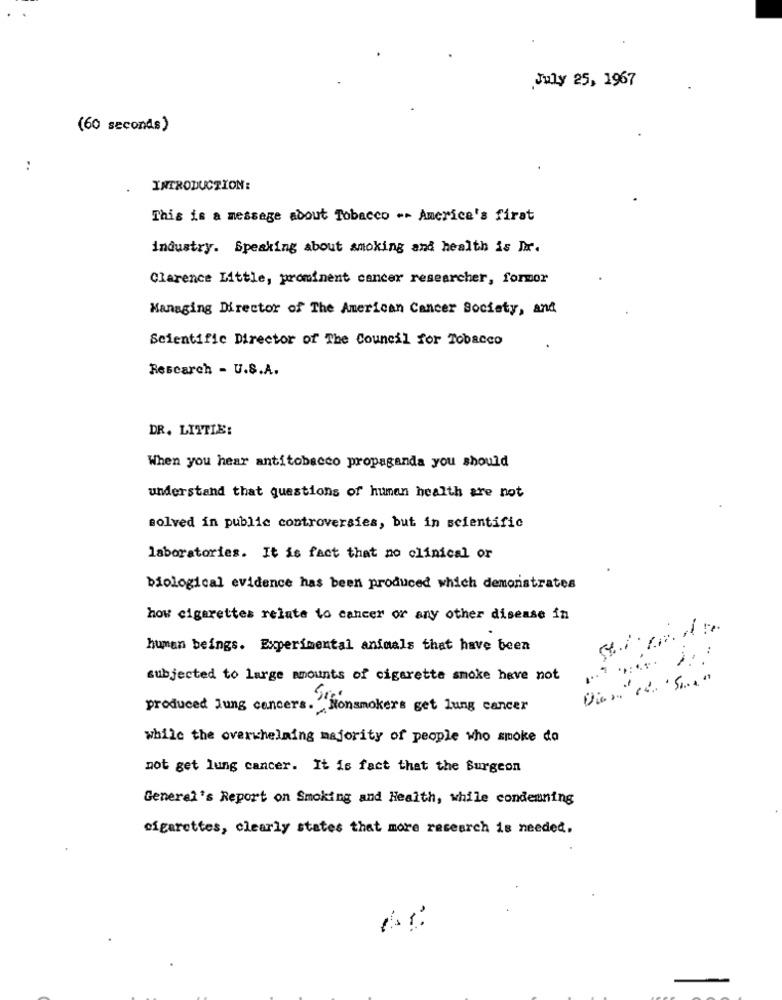
July 25, 1967
(60 seconds)
:
INTRODUCTION:
This is a message about Tobacco -- America's first
industry. Speaking about smoking and health is Dir.
Clarence Little, prominent cancer researcher, formor
Managing Director of The American Cancer Society, and
Scientific Director of The Council for Tobacco
Rescarch - U.S.A.
DR. LITTLE:
When you hear antitobacco propaganda you should
understand that questions of human health are not
solved in public controversies, but in scientific
laboratories. It is fact that no clinical or
biological evidence has been produced which demonstrates
how cigarettes relate to cancer or any other disease in
human beings. Experimental animals that have been
.... ..
subjected to large amounts of cigarette smoke have not
produced Jung cancers. "Nonsmokers get lung cancer
while the overwhelming majority of people who smoke do
not get lung cancer. It is fact that the Surgeon
General's Report on Smoking and Health, while condemning
cigarettes, clearly states that more research is needed,